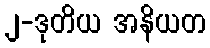
၂-ဒုတိယ အနိယတ